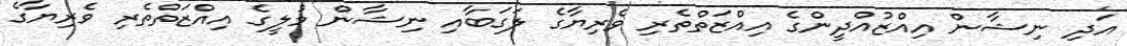
އަދި ނިޝާން އިއްޒުއްދީންގެ އިއްޒަތްތެރި ވެރިޔާގެ ލަގަބާއި ނިޝާން މުލީގެ އިއްޒަތްތެރި ވެރިޔާގެ